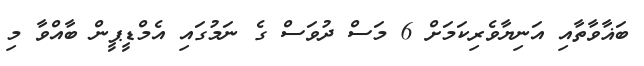
ބަޣާވާތާއި އަނިޔާވެރިކަމަށް 6 މަސް ދުވަސް ގެ ނަމުގައި އެމްޑީޕީން ބާއްވާ މި